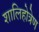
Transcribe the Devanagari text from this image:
शालिहोत्रेण